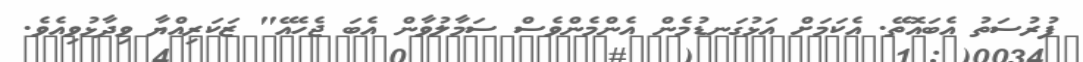
ފުރުސަތު އެބައޮތޭ. އެކަމަށް އަޅުގަނޑުމެން އެންމެންވެސް ސަމާލުވާން އެެބަ ޖެހެއޭ" ޒަކަރިއްޔާ ވިދާޅުވިއެވެ.